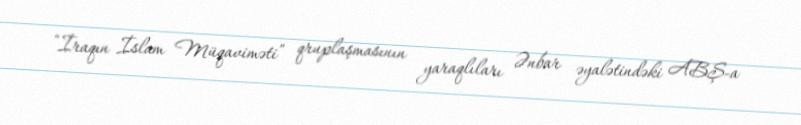
“İraqın İslam Müqaviməti” qruplaşmasının yaraqlıları Ənbar əyalətindəki ABŞ-a